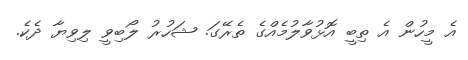
އެ މީހުން އެ ތިބީ އޮޅުވާލުމެއްގެ ތެރޭގަ. ޝަހުރު ލޯބިވީ ލިވިޔާ ދެކެ.